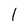
Character: 1